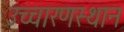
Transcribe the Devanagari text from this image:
उच्चारणस्थान